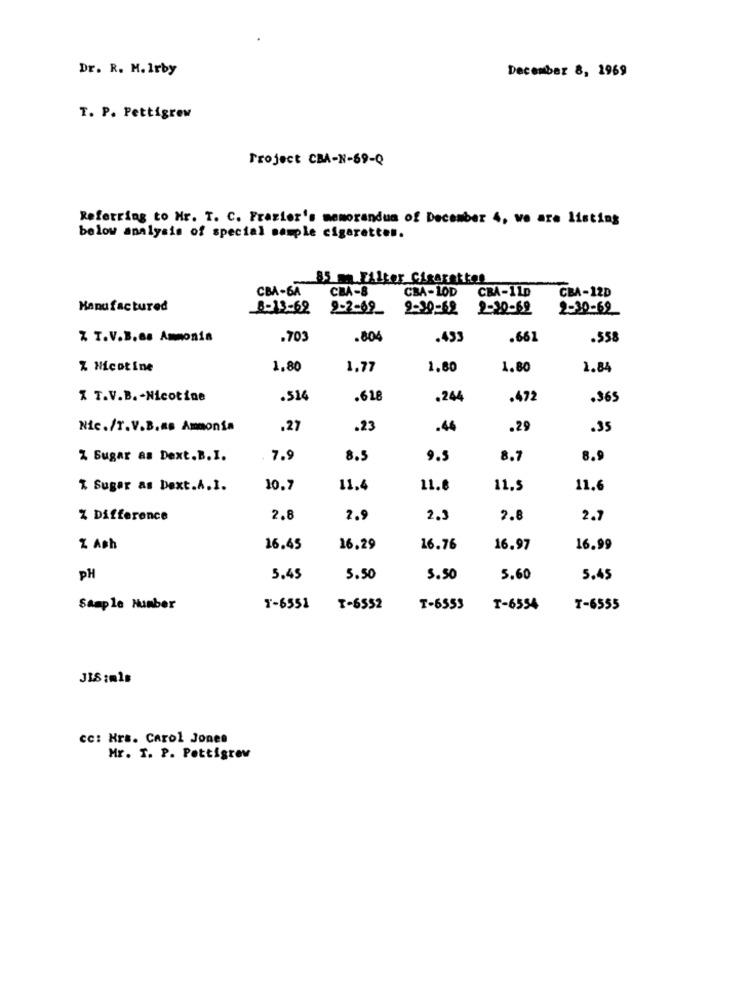
Dr. R. M. Irby
December 8, 1969
T. P. Pettigrew
Project CBA-N-69-Q
Referring to Mr. T. C. Frazier's memorandum of December 4, we are listing
below analysis of special sample cigarettes.
85 mq Filter Gisaretten
CBA-6A
CBA-8
CBA-LOD
CBA-110
CBA-12D
Manufactured
8-13-62
9-2-69_
9-20-62
2-30-62
Z T.V.B.as Ammonia
.703
.804
.493
.661
.558
% Nicotine
1.80
1.77
1.80
1.80
1.84
X T.V.B. - Nicotine
.514
.618
.244
.472
.365
Nic./T.V.B.as Ammonia
.27
.23
.44
.29
.35
Z Sugar as Dext.B. I.
7.9
8.5
9.5
8.7
8.9
& Sugar as Dext.A.I.
10.7
11,4
11.8
11.5
11.6
% Difference
2.8
2.9
2.3
2.8
2.7
Z Ash
16.45
16.29
16.76
16.97
16.99
PH
5.45
5.50
5.50
5.60
5.45
Sample Number
T-6551
T-6552
T-6553
T-6554
T-6555
JIS :mls
cc: Hrs. Carol Jones
Mr. T. P. Pettigrew